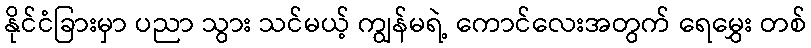
နိုင်ငံခြားမှာ ပညာ သွား သင်မယ့် ကျွန်မရဲ့ ကောင်လေးအတွက် ရေမွှေး တစ်